King Institute of Preventive Medicine Bacteriolog. Section reports 1907-08
Year: 1907
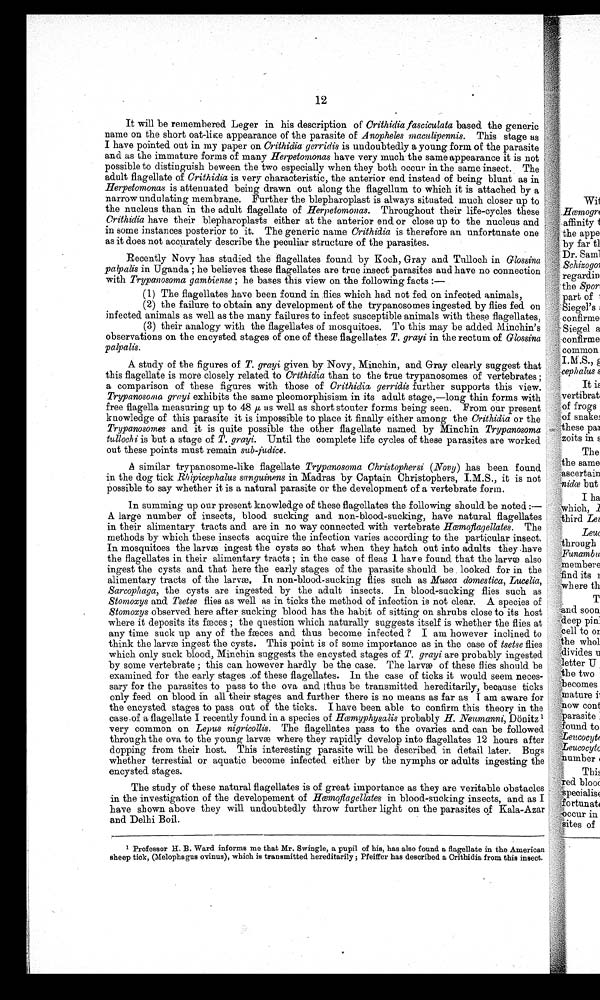
12
It will be remembered Leger in his description of Crithidia fasciculata based the generic
name on the short oat-like appearance of the parasite of Anopheles maculipennis. This stage as
I have pointed out in my paper on Crithidia gerridis is undoubtedly a young form of the parasite
and as the immature forms of many Herpetomonas have very much the same appearance it is not
possible to distinguish beween the two especially when they both occur in the same insect. The
adult flagellate of Crithidia is very characteristic, the anterior end instead of being blunt as in
Herpetomonas is attenuated being drawn out along the flagellum to which it is attached by a
narrow undulating membrane. Further the blepharoplast is always situated. much closer up to
the nucleus than in the adult flagellate of Herpetomonas. Throughout their life-cycles these
Crithidia have their blepharoplasts either at the anterior end. or close up to the nucleus and
in some instances posterior to it. The generic name Crithidia is therefore an unfortunate one
as it does not accurately describe the peculiar structure of the parasites.
Recently Novy has studied the flagellates found by Koch, Gray and Tulloch in Glossina
palpalis in Uganda ; he believes these flagellates are true insect parasites and have no connection
with Trypanosoma gambiense ; he bases this view on the following facts :
—
(1)The flagellates have been found. in flies which had not fed. on infected animals,
(2) the failure to obtain any development of the trypanosomes ingested by flies fed on
infected animals as well as the many failures to infect susceptible animals with these flagellates,
(3)their analogy with the flagellates of mosquitoes. To this may be added Minchin's
observations on the encysted stages of one of these flagellates T. grayi in the rectum of Glossina
palpalis.
A study of the figures of T. grayi given by Novy, Minchin, and Gray clearly suggest that
this flagellate is more closely related to Crithidia than to the true trypanosomes of vertebrates ;
a comparison of these figures with those of Crithidia gerridis further supports this view.
Trypanosoma grayi exhibits the same pleomorphisism in its adult stage,—long thin forms with
free flagella measuring up to 48 µ as well as short stouter forms being seen. From our present
knowledge of this parasite it is impossible to place it finally either among the Crithidia or the
Trypanosomes and it is quite possible the other flagellate named by Minchin Trypanosoma
tullochi is but a stage of T. grayi. Until the complete life cycles of these parasites are worked
out these points must remain sub-judice.
A similar trypanosome-like flagellate Trypanosoma Christophersi (Novy) has been found
in the dog tick Rhipicephalus sanguinens in Madras by Captain Christophers, I.M.S., it is not
Possible to say whether it is a natural parasite or the development of a vertebrate form.
In summing up our present knowledge of these flagellates the following should. be noted :
—
A large number of insects, blood sucking and non-blood-sucking, have natural flagellates
in their alimentary tracts and are in no way connected. with vertebrate Hœmoflagellates. The
methods by which these insects acquire the infection varies according to the particular insect.
In mosquitoes the larvæ ingest the cysts so that when they hatch out into adults they .have
the flagellates in their alimentary tracts ; in the case of fleas I have found that the larvæ also
ingest the cysts and that here the early stages of the parasite should. be . looked for in the
alimentary tracts of the larvæ, In non-blood-sucking flies such as Musca domestica, Lucelia,
Sarcophaga, the cysts are ingested by the adult insects. In blood-sucking flies such as
Stomoxys and Tsetse flies as well as in ticks the method of infection is not clear. A species of
Stomoxys observed here after sucking blood. has the habit of sitting on shrubs close to its host
where it deposits its fæces ; the question which naturally suggests itself is whether the flies at
any time suck up any of the fasces and thus become infected ? I am however inclined to
think the larvæ ingest the cysts. This point is of some importance as in the case of tsetse flies
which only suck blood., Minchin suggests the encysted stages of T. grayi are probably ingested
by some vertebrate ; this can however hardly be the case. The larvæ of these flies should be
examined for the early stages of these flagellates. In the case of ticks it would seem neces-
sary for the parasites to pass to the ova and thus be transmitted hereditarily, because ticks
only feed on blood in all their stages and. further there is no means as far as I am aware for
the encysted stages to pass out of the ticks. I have been able to confirm this theory in the
case of a flagellate I recently found. in a species of Hœmyphysalis probably H. Neumanni, Dönitz1
very common on Lepus nigricollis. The flagellates pass to the ovaries and can be followed
through the ova to the young larvæ where they rapidly develop into flagellates 12 hours after
dopping from their host. This interesting parasite will be described in detail later. Bugs
whether terrestial or aquatic become infected either by the nymphs or adults ingesting the
encysted stages.
The study of these natural flagellates is of great importance as they are veritable obstacles
in the investigation of the developement of
Hœmoflagellate in blood-sucking insects, and as I
have shown above they will undoubtedly throw further light on the parasites of Kala-Azar
and Delhi Boil.
1 Professor H. B. Ward informs me that Mr. Swingle, a pupil of his, has also found a flagellate in the American
sheep tick, (Melophagus ovinus), which is transmitted hereditarily ; Pfeiffer has described a Crithidia from this insect.